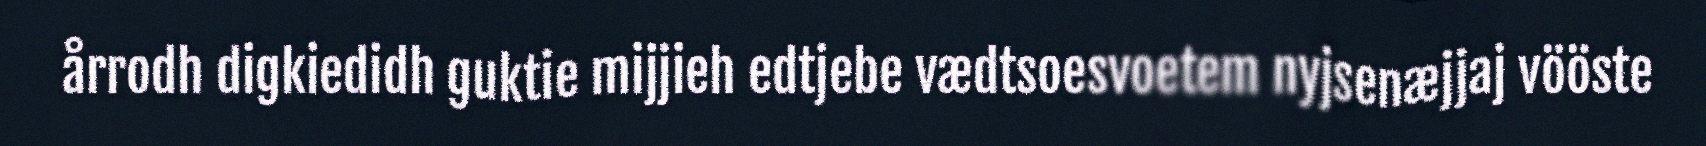
årrodh digkiedidh guktie mijjieh edtjebe vædtsoesvoetem nyjsenæjjaj vööste